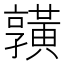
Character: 𪏆